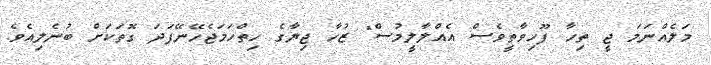
މަލެއްނަމަ ޖީ ތިހާ ފޫހިވާތީވެސް އެއްލާލީމުސް" ޒުހާ ޖިޔާގެ ހިތްހަމަޖެހޭނޭފަދަ ގޮތަކަށް ބުނެލިއެވެ.